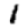
Digit: 1